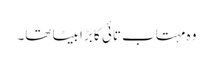
وہ مہتاب تائی کا بڑا بیٹا تھا۔